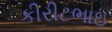
કીરીટભાઇ